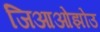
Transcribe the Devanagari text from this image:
जिआओझोउ